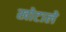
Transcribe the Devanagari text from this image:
खोटाले